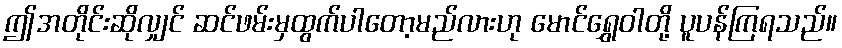
ဤအတိုင်းဆိုလျှင် ဆင်ဖမ်းမှထွက်ပါတော့မည်လားဟု မောင်ရွှေဝါတို့ ပူပန်ကြရသည်။